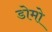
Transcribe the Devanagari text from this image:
डोमो